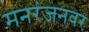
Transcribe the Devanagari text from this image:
मनरंजनवर